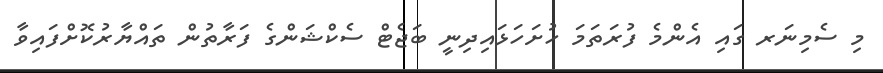
މި ސެމިނަރ ގައި އެންމެ ފުރަތަމަ ހުށަހަޅައިދިނީ ބަޖެޓް ސެކްޝަންގެ ފަރާތުން ތައްޔާރުކޮށްފައިވާ